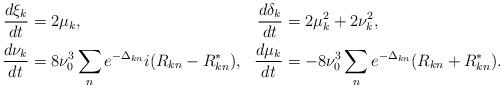
LaTeX: \begin{align*}\begin{aligned}{d\xi_k \over dt } &= 2\mu _k , &{d\delta _k \over dt } &= 2\mu _k^2 +2\nu_k^2 , \\{d\nu _k \over dt } &= 8\nu _0^3 \sum_{n}^{} e^{-\Delta _{kn}} i(R_{kn}-R_{kn}^*), &{d\mu _k \over dt } &= -8\nu _0^3 \sum_{n}^{} e^{-\Delta _{kn}} (R_{kn}+R_{kn}^*).\end{aligned}\end{align*}